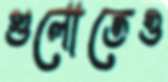
গুলোতেও